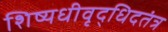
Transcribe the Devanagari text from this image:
शिष्यधीवृद्धिदतंत्र